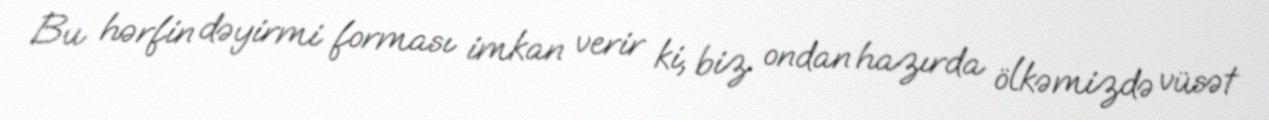
Bu hərfin dəyirmi forması imkan verir ki, biz ondan hazırda ölkəmizdə vüsət